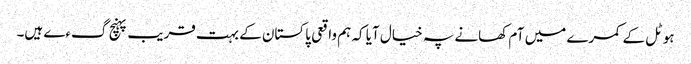
ہوٹل کے کمرے میں آم کھانے پہ خیال آیا کہ ہم واقعی پاکستان کے بہت قریب پہنچ گءے ہیں۔